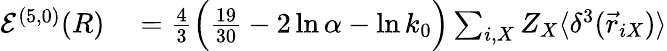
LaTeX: \begin{array}{rl}{{\cal{E}}^{(5,0)}(R)}&{{}=\frac{4}{3}\Big(\frac{19}{30}-2\ln\alpha-\ln k_{0}\Big)\sum_{i,X}Z_{X}\langle\delta^{3}(\vec{r}_{iX})\rangle}\end{array}